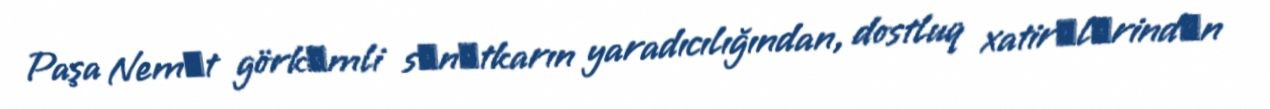
Paşa Nemәt görkәmli sәnәtkarın yaradıcılığından, dostluq xatirәlәrindәn